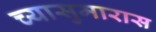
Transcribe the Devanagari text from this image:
च्यासुमारास